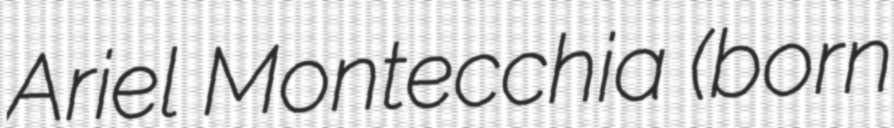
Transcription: Ariel Montecchia (born